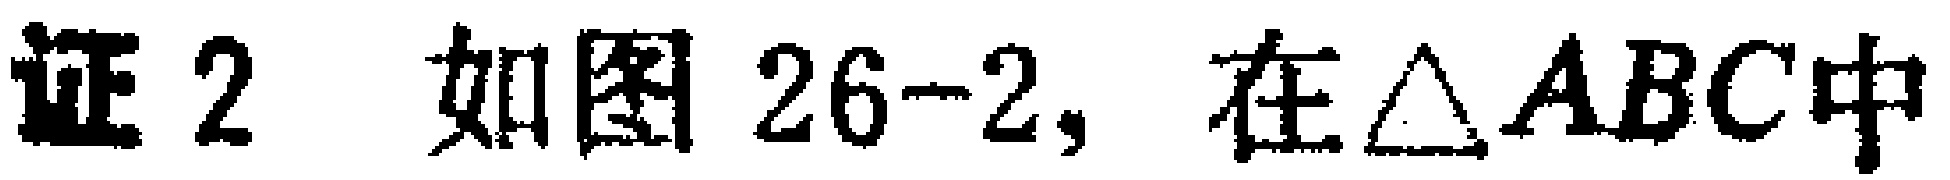
证 2 如图 26-2, 在$\triangle ABC$中